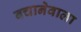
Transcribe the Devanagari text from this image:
बचानेवाला